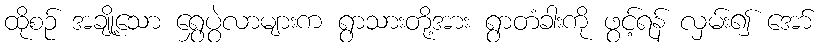
ထိုစဉ် အချို့သော ရွှေပွဲလာများက ရွာသားတို့အား ရွာတံခါးကို ဖွင့်ရန် လှမ်း၍ အော်